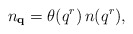
\begin{align*}n_{{\bf q}}=\theta(q^r)\,n(q^r),\end{align*}